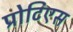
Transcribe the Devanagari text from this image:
प्रोटिएस